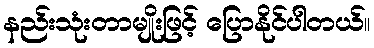
နည်းသုံးတာမျိုးဖြင့် ပြောနိုင်ပါတယ်။